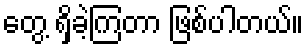
တွေ့ ရှိခဲ့ကြတာ ဖြစ်ပါတယ်။